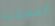
المشكله